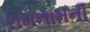
રામનામની